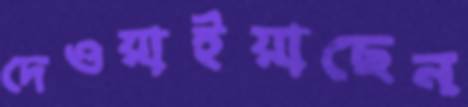
দেওয়াইয়াছেন